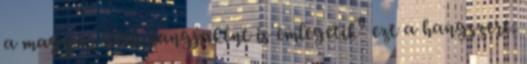
a magyar lélek hangjaként is emlegetik" ezt a hangszert.